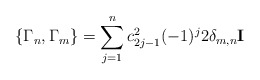
\begin{align*}\{ \Gamma_n , \Gamma_m \} = \sum_{j=1}^n c_{2j-1}^2 (-1)^j 2 \delta_{m,n} {\bf I}\end{align*}